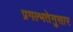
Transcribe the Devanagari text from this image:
प्रगल्भतेनुसार